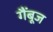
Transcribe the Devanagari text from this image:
गैंबूज